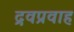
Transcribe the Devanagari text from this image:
द्रवप्रवाह